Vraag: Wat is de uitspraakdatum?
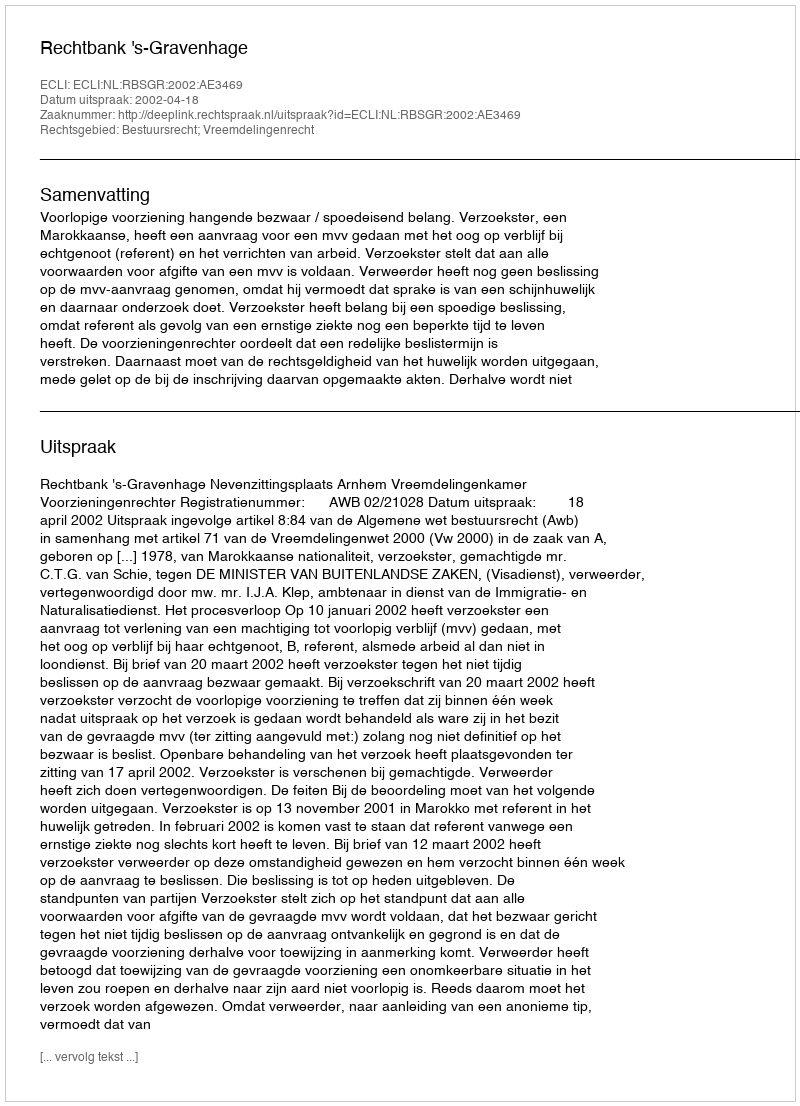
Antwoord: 2002-04-18